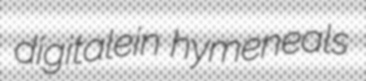
digitalein hymeneals